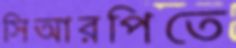
সিআরপিতে